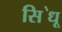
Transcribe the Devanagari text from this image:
सि॓धू